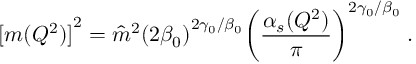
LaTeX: { [ m ( Q ^ { 2 } ) ] } ^ { 2 } = { \hat { m } } ^ { 2 } { ( 2 { \beta } _ { 0 } ) } ^ { 2 { \gamma } _ { 0 } / { \beta } _ { 0 } } { \left( \frac { { \alpha } _ { s } ( Q ^ { 2 } ) } { \pi } \right) } ^ { 2 { \gamma } _ { 0 } / { \beta } _ { 0 } } \; .